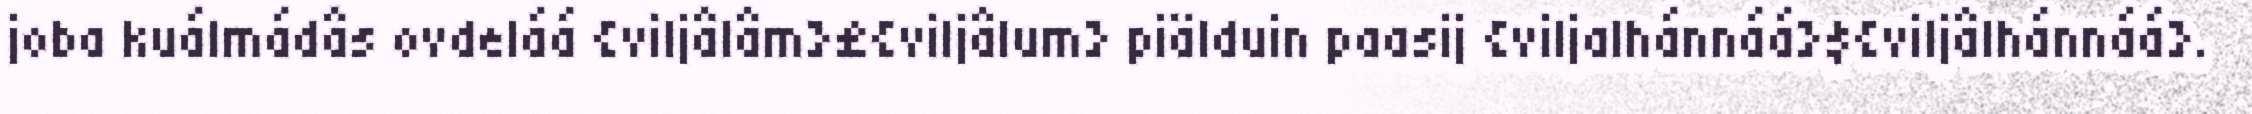
joba kuálmádâs ovdeláá {viljâlâm}£{viljâlum} piälduin paasij {viljalhánnáá}${viljâlhánnáá}.